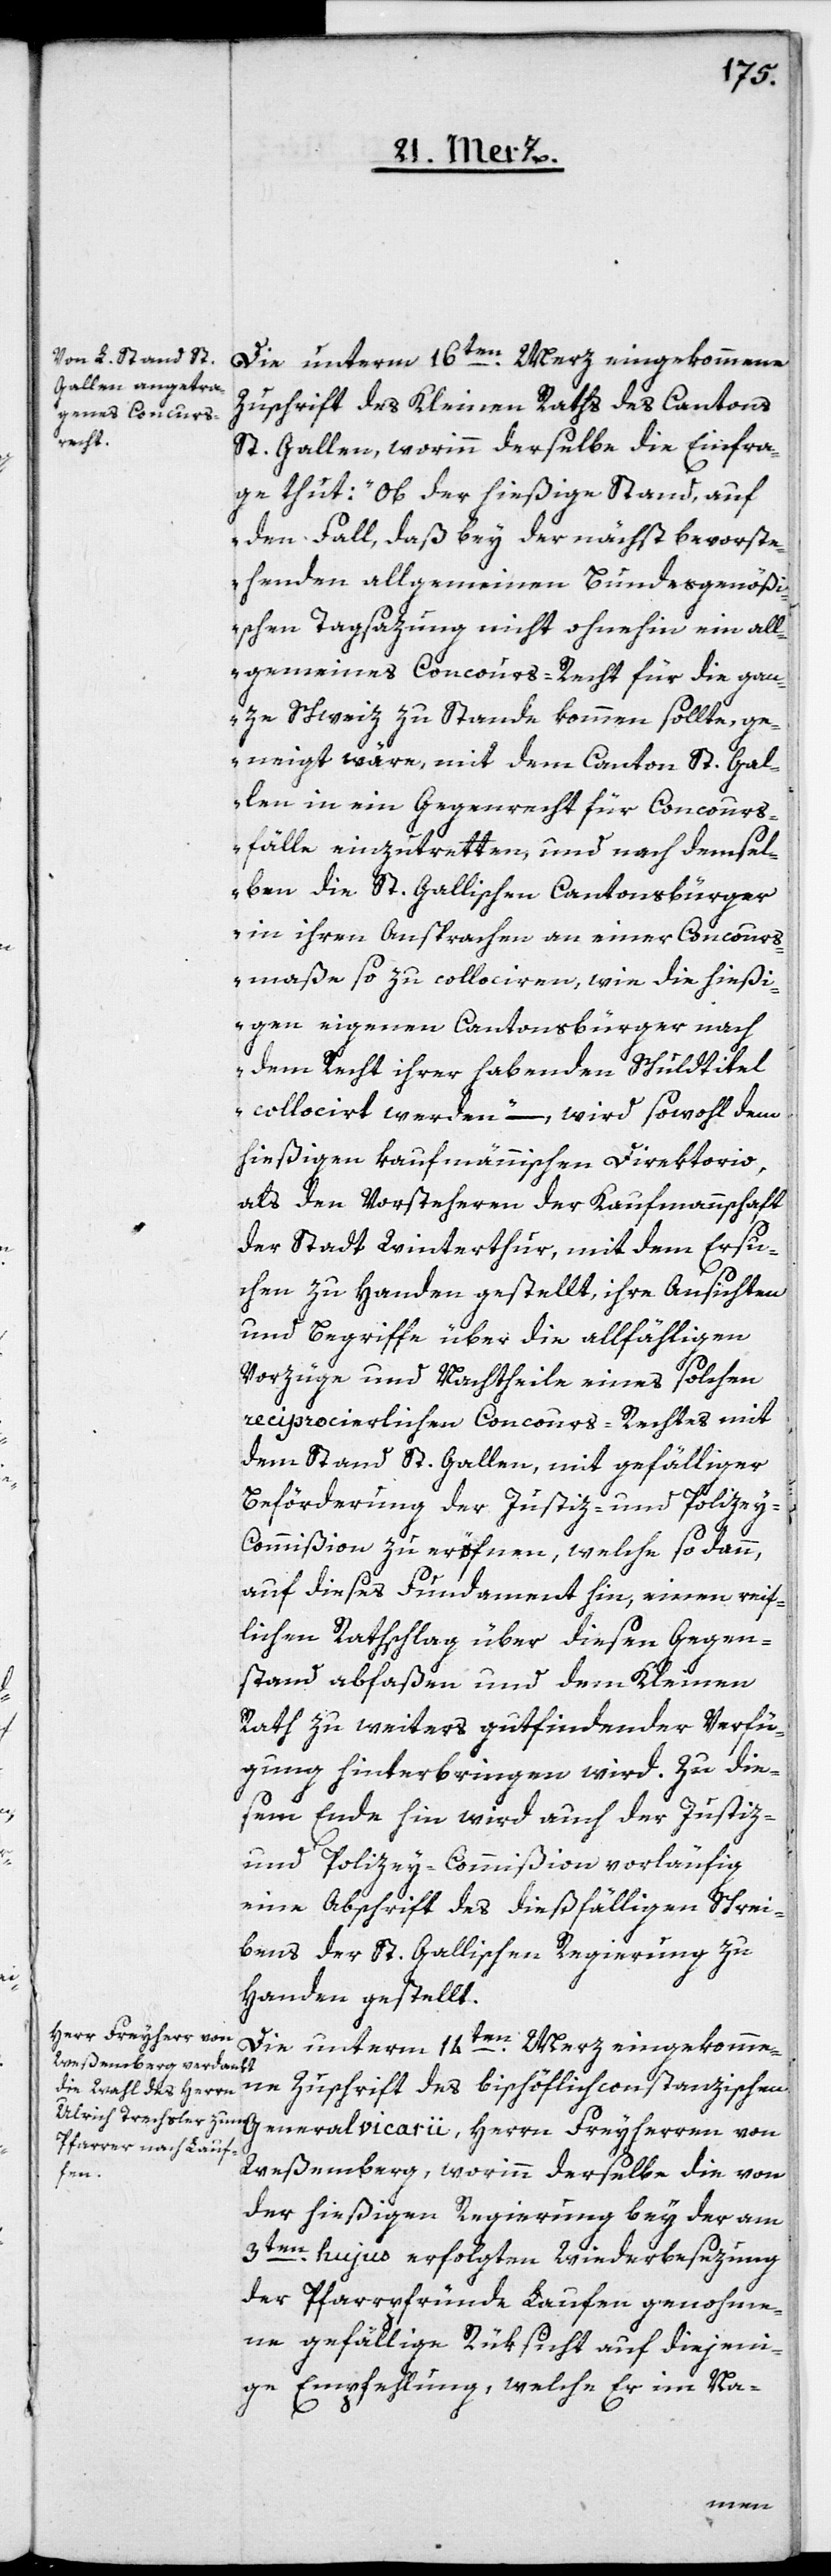
Die unterm 16ten Merz eingekommene
Zuschrift des Kleinen Raths des Cantons
St. Gallen, worinn derselbe die Einfra¬
ge thut: „Ob der hießige Stand, auf
den Fall, daß bey der nächst bevorste¬
henden allgemeinen Bundesgenößi¬
schen Tagsazung nicht ohnehin ein all¬
gemeines Concours-Recht für die gan¬
ze Schweiz zu Stande kommen sollte, ge¬
neigt wäre, mit dem Canton St. Gal¬
len in ein Gegenrecht für Concours¬
fälle einzutretten, und nach demsel¬
ben die St. Gallischen Cantonsbürger
in ihren Ansprachen an einer Concours¬
maße so zu collociren, wie die hießi¬
gen eigenen Cantonsbürger nach
dem Recht ihrer habenden Schuldtitel
collocirt werden“ – wird sowohl dem
hießigen kaufmännischen Direktorio,
als den Vorsteheren der Kaufmannschaft
der Stadt Winterthur, mit dem Ersu¬
chen zu Handen gestellt, ihre Ansichten
und Begriffe über die allfähligen
Vorzüge und Nachtheile eines solchen
reciprocierlichen Concours-Rechtes mit
dem Stand St. Gallen, mit gefälliger
Beförderung der Justiz- und Polize¬
y-Commißion zu eröfnen, welche sodann
auf dieses Fundament hin, einen reif¬
lichen Rathschlag über diesen Gegen¬
stand abfaßen und dem Kleinen
Rath zu weiters gutfindender Verfü¬
gung hinterbringen wird. Zu die¬
sem Ende hin wird auch der Justiz-
und Polizey-Commißion vorläufig
eine Abschrift des dießfälligen Schrei¬
bens der St. Gallischen Regierung zu
Handen gestellt.
Die unterm 14ten Merz eingekomme¬
ne Zuschrift des bischöflich constanzischen
Generalvicarii, Herrn Freyherren von
Weßemberg, worinn derselbe die von
der hießigen Regierung bey der am
3ten hujus erfolgten Wiederbesezung
der Pfarrpfünde Laufen genohme¬
ne gefällige Rüksicht auf diejeni¬
ge Empfehlung, welche Er im Na-